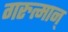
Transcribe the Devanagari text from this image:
गरुत्मान्